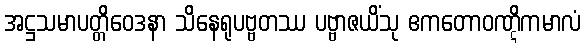
အဋ္ဌသမာပတ္တိဝေဒနာ သိနေရုပဗ္ဗတဿ ပဗ္ဗာဇယိံသု ဧကတောဝဏ္ဋိကမာလံ